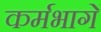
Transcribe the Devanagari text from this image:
कर्मभागें